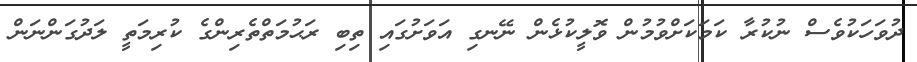
ދުވަހަކުވެސް ނުކުރާ ކަމަކަށްވުމުން ވޮލީކުޅެން ނޭނގި އަވަށުގައި ތިބި ރަޙުމަތްތެރިންގެ ކުރިމަތީ ލަދުގަންނަން